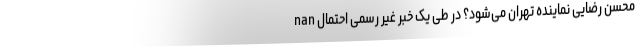
nan محسن رضایی نماینده تهران می‌شود؟ در طی یک خبر غیر رسمی احتمال